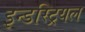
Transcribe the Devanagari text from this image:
इन्डस्ट्रियल